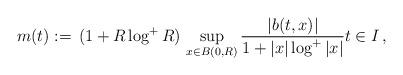
LaTeX: \begin{align*}m(t):=\,(1+R\log^+R)\,\sup_{x\in B(0,R)}\frac{|b(t,x)|}{1+|x|\log^+|x|}t\in I\,,\end{align*}